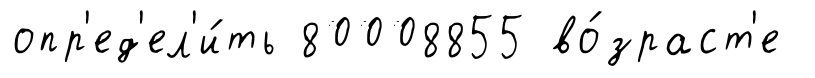
опр'ед'ел'и́ть 80008855 во́зраст'е